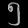
Digit: ၅